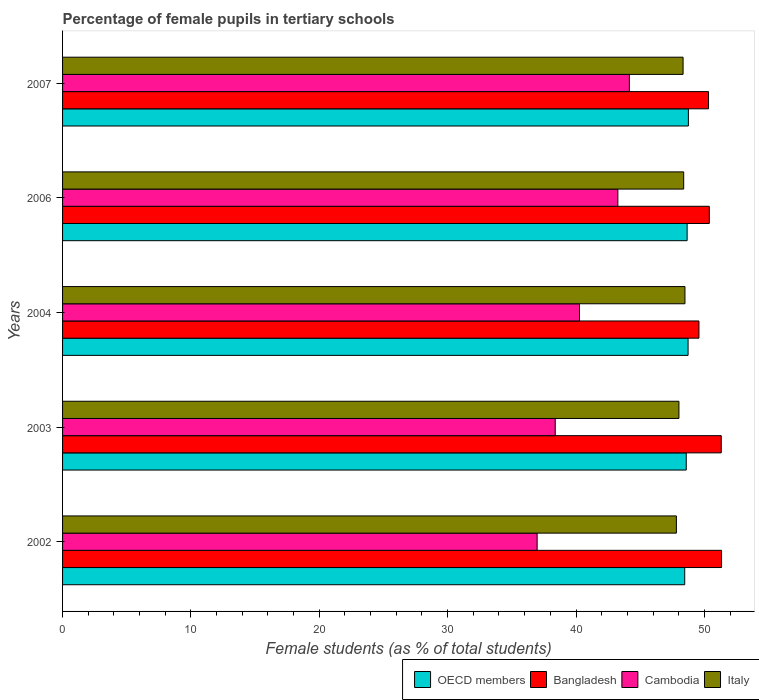
| Years | OECD members | Bangladesh | Cambodia | Italy |
 | --- | --- | --- | --- | --- |
 | 2002 | 48.5 | 51.3 | 37 | 47.8 |
 | 2003 | 48.6 | 51.3 | 38.4 | 48 |
 | 2004 | 48.7 | 49.6 | 40.3 | 48.5 |
 | 2006 | 48.7 | 50.4 | 43.3 | 48.4 |
 | 2007 | 48.8 | 50.3 | 44.2 | 48.3 |